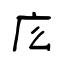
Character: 庅